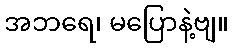
အဘရေ၊ မပြောနဲ့ဗျ။